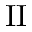
\mathrm { I I }